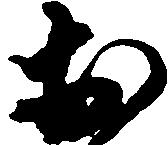
於